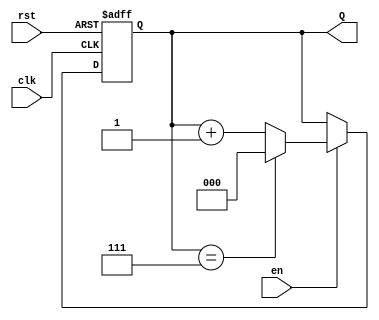
module UpCounterMoore (
    input wire clk,     // Clock signal
    input wire rst,     // Asynchronous reset
    input wire en,      // Enable signal
    output reg [N-1:0] Q // Current count value (N-bit output)
);
    parameter N = 3; // Number of bits for the counter, adjust as needed

    // State transition logic
    always @(posedge clk or posedge rst) begin
        if (rst) begin
            Q <= 0; // Reset state to 0
        end else if (en) begin
            // Increment the counter, wrap around at maximum value
            if (Q == (2**N - 1)) begin
                Q <= 0; // Wrap around
            end else begin
                Q <= Q + 1; // Increment
            end
        end
        // If enable is low, Q retains its current state
    end
endmodule